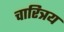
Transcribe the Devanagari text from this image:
चारित्रय